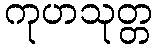
ကုဟသုတ္တ